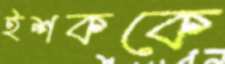
ইশককে